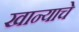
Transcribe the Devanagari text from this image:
खान्याचे